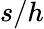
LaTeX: s/h